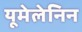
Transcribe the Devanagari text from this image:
यूमेलेनिन